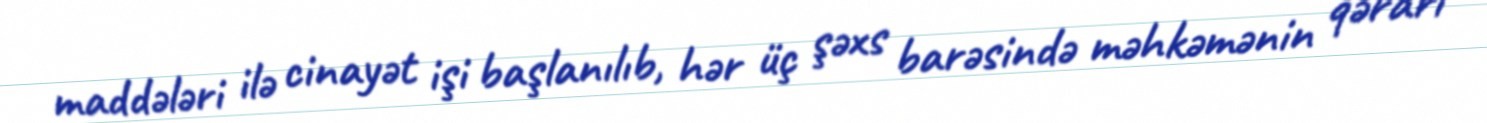
maddələri ilə cinayət işi başlanılıb, hər üç şəxs barəsində məhkəmənin qərarı